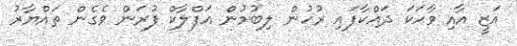
އަޒީ އާއި ވާހަކަ ދައްކާފައި ރުހުން ލިބުމުން އަފްލާކް ފުރަން ވެގެން ތައްޔާރު